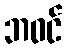
ဘဝင်